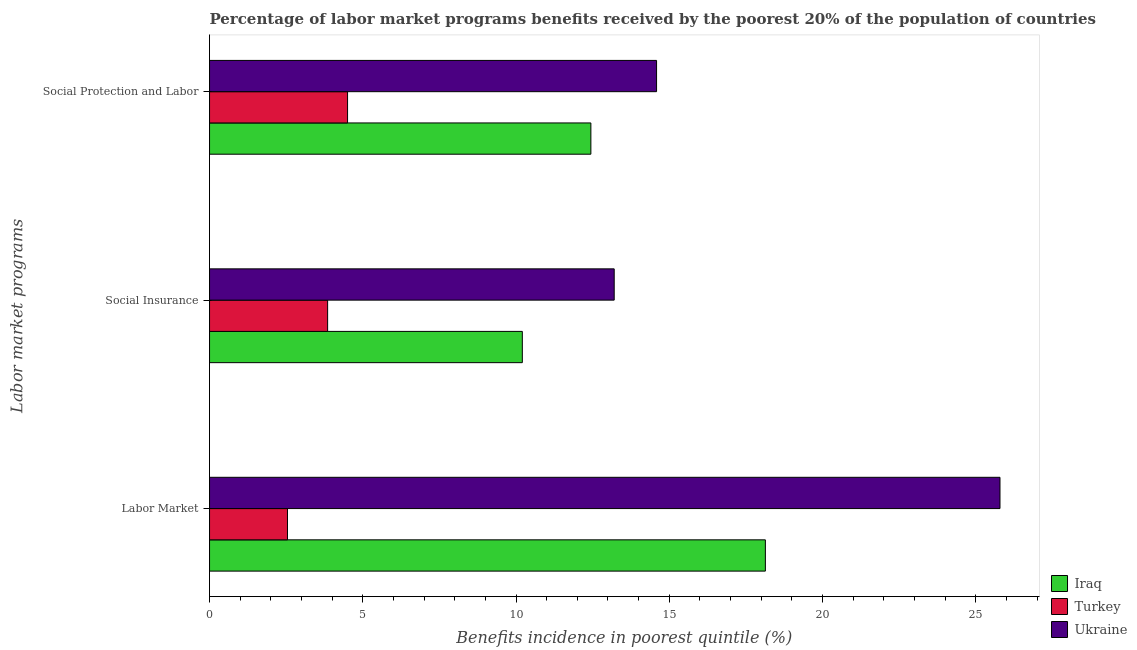
| Labor market programs | Iraq | Turkey | Ukraine |
 | --- | --- | --- | --- |
 | Labor Market | 18.1 | 2.54 | 25.8 |
 | Social Insurance | 10.2 | 3.85 | 13.2 |
 | Social Protection and Labor | 12.4 | 4.5 | 14.6 |